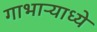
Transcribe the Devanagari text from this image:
गाभाऱ्याध्ये